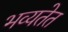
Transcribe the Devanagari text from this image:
भव्यतेत